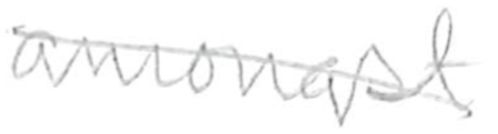
Text: amongst
Cross-out: diagonal
Writing tool: pencil